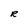
Character: R